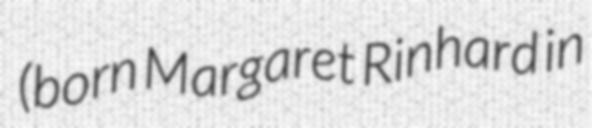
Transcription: (born Margaret Rinhard in